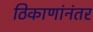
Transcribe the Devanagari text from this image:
ठिकाणांनंतर